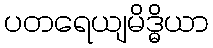
ပတရေယျမိဒ္ဓိယာ